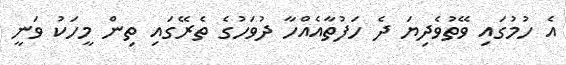
އެ ހުމުގައި ވޭތުވެދިޔަ ދެ ހަފުތާއެއްހާ ދުވަހުގެ ތެރޭގައި ތިން މީހަކު ވަނީ